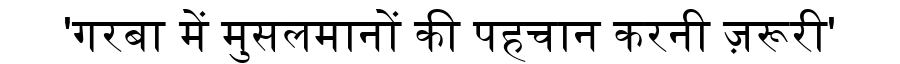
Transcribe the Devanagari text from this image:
'गरबा में मुसलमानों की पहचान करनी ज़रूरी'